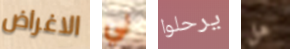
الاغراض لي يرحلوا هل